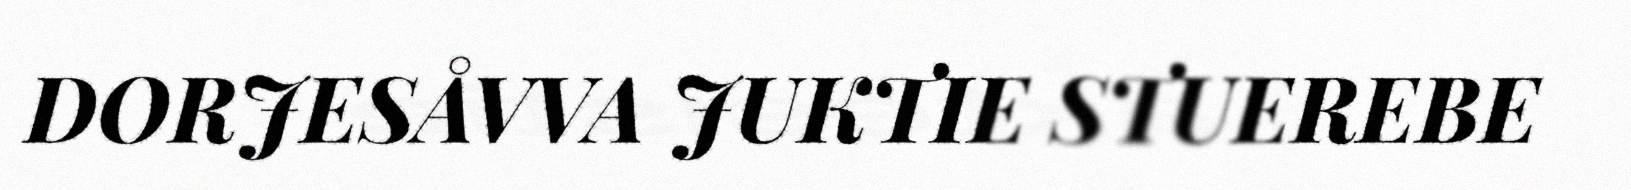
DORJESÅVVA JUKTIE STUEREBE